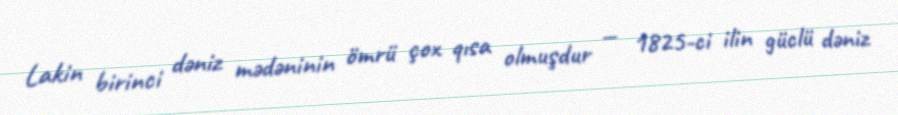
Lakin birinci dəniz mədəninin ömrü çox qısa olmuşdur — 1825-ci ilin güclü dəniz